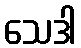
သေဒါ